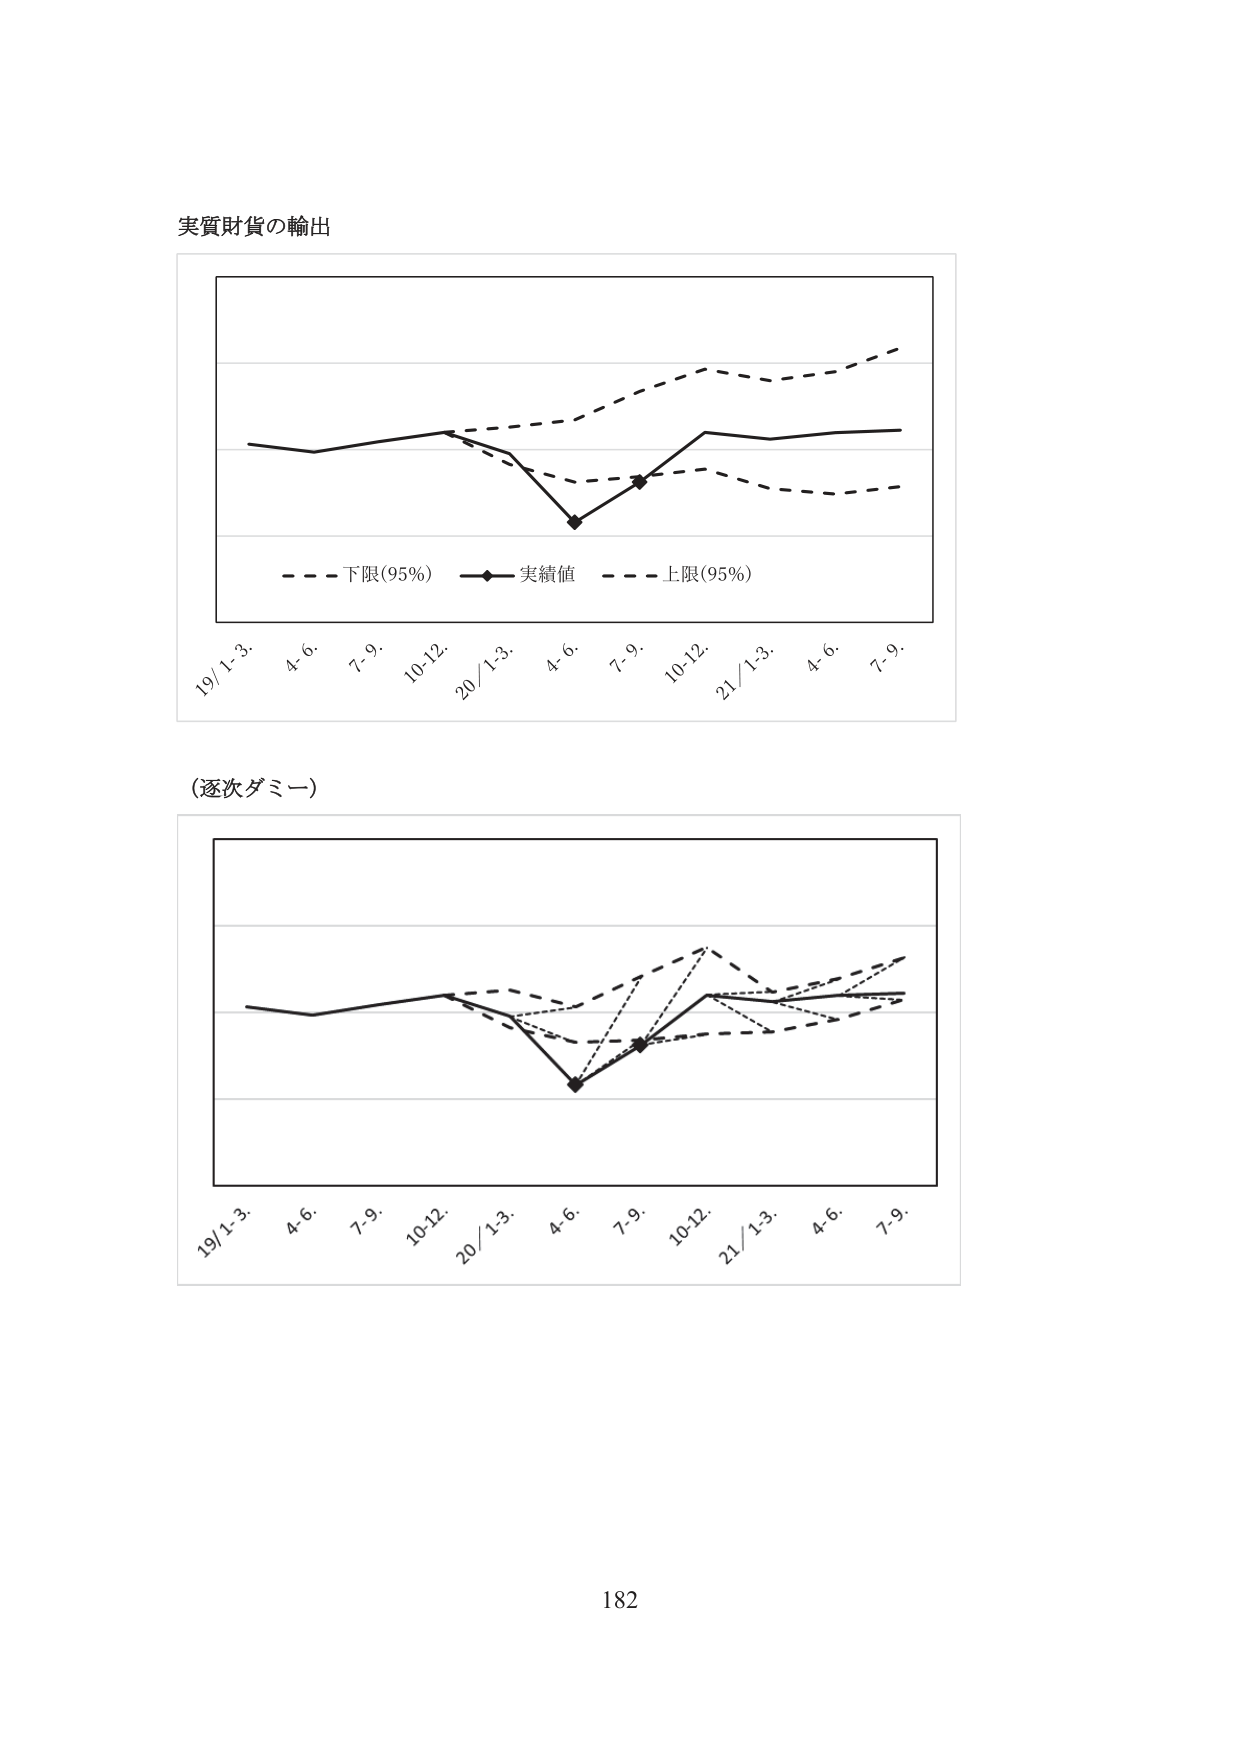
実質財貨の輸出

- - - 下限(95%)  —◆— 実績値  - - - 上限(95%)

19/1-3.  4-6.  7-9.  10-12.  20/1-3.  4-6.  7-9.  10-12.  21/1-3.  4-6.  7-9.

(逐次ダミー)

19/1-3.  4-6.  7-9.  10-12.  20/1-3.  4-6.  7-9.  10-12.  21/1-3.  4-6.  7-9.

182